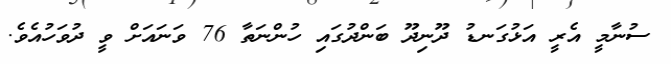
ސުނާމީ އެރީ އަޅުގަނޑު ދޫނިދޫ ބަންދުގައި ހުންނަތާ 76 ވަނައަށް ވީ ދުވަހުއެވެ.